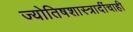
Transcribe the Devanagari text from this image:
ज्योतिषशास्त्रादींचाही